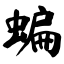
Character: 蝙